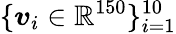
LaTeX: \{ \boldsymbol v_{i}\in\mathbb{R}^{150}\} _{i=1}^{10}